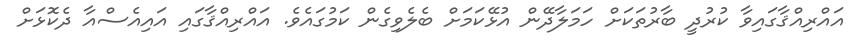
އައްރިއްޤާގައިވާ ކުރުދީ ބާރުތަކަށް ހަމަލާދޭން އުޅޭކަމަށް ބެލެވިގެން ކަމުގައެވެ. އައްރިއްޤާގައި އައިއެސްއާ ދެކޮޅަށް